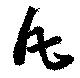
丸